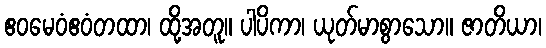
ဧဝမေဝံဧဝံတထာ၊ ထို့အတူ။ ပါပိကာ၊ ယုတ်မာစွာသော။ ဇာတိယာ၊